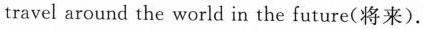
travel around the world in the future(将来).